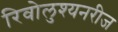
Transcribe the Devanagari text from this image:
रिवोलुश्यनरीज